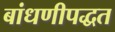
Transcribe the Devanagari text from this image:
बांधणीपद्धत